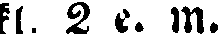
kl. 2 e. m.